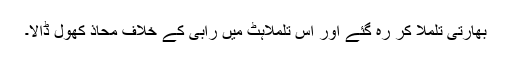
بھارتی تلملا کر رہ گئے اور اس تلملاہٹ میں رابی کے خلاف محاذ کھول ڈالا۔